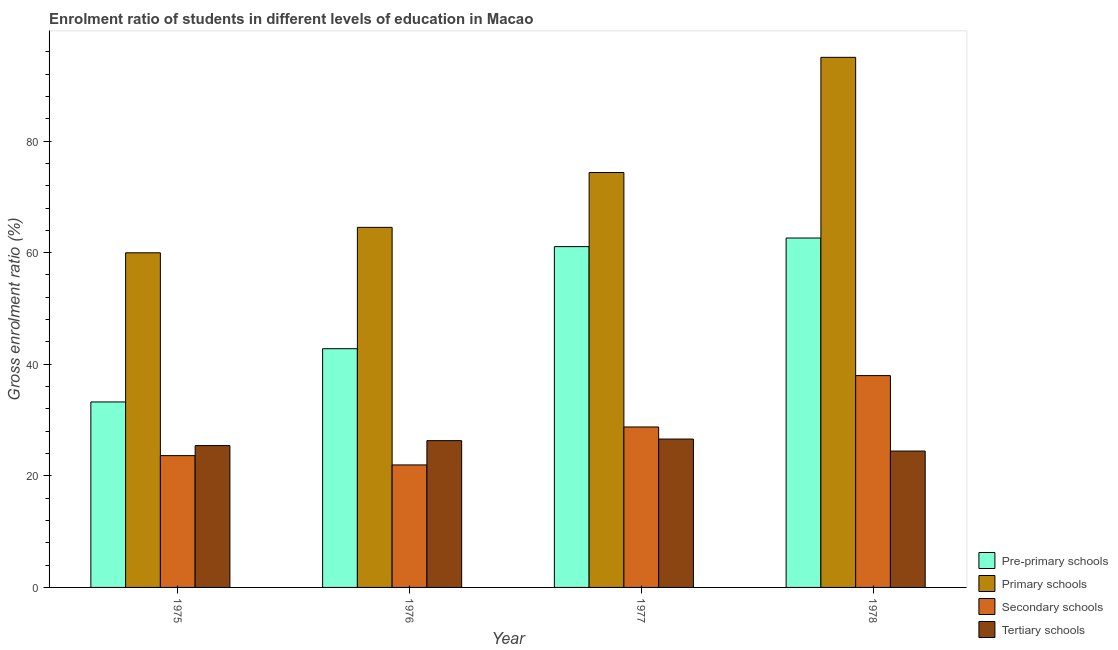
| Year | Pre-primary schools | Primary schools | Secondary schools | Tertiary schools |
 | --- | --- | --- | --- | --- |
 | 1975 | 33.2 | 60 | 23.6 | 25.4 |
 | 1976 | 42.8 | 64.5 | 22 | 26.3 |
 | 1977 | 61.1 | 74.4 | 28.8 | 26.6 |
 | 1978 | 62.6 | 95 | 38 | 24.4 |